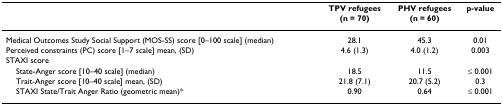
<table><thead><tr><td></td><td><b>TPV refugees(n = 70)</b></td><td><b>PHV refugees(n = 60)</b></td><td><b>p-value</b></td></tr></thead><tbody><tr><td>Medical Outcomes Study Social Support (MOS-SS) score [0–100 scale] (median)</td><td>28.1</td><td>45.3</td><td>0.01</td></tr><tr><td>Perceived constraints (PC) score [1–7 scale] mean, (SD)</td><td>4.6 (1.3)</td><td>4.0 (1.2)</td><td>0.003</td></tr><tr><td>STAXI score</td><td></td><td></td><td></td></tr><tr><td> State-Anger score [10–40 scale] (median)</td><td>18.5</td><td>11.5</td><td>≤ 0.001</td></tr><tr><td> Trait-Anger score [10–40 scale] mean, (SD)</td><td>21.8 (7.1)</td><td>20.7 (5.2)</td><td>0.3</td></tr><tr><td> STAXI State/Trait Anger Ratio (geometric mean)*</td><td>0.90</td><td>0.64</td><td>≤ 0.001</td></tr></tbody></table>